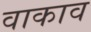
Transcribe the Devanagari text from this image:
वाकाव